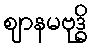
ဈာနမဗုဒ္ဓိ